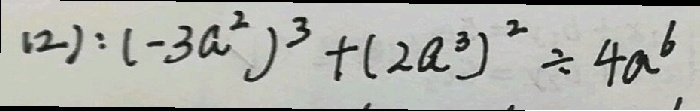
( 2 ) : ( - 3 a ^ { 2 } ) ^ { 3 } + ( 2 a ^ { 3 } ) ^ { 2 } \div 4 a ^ { 6 }